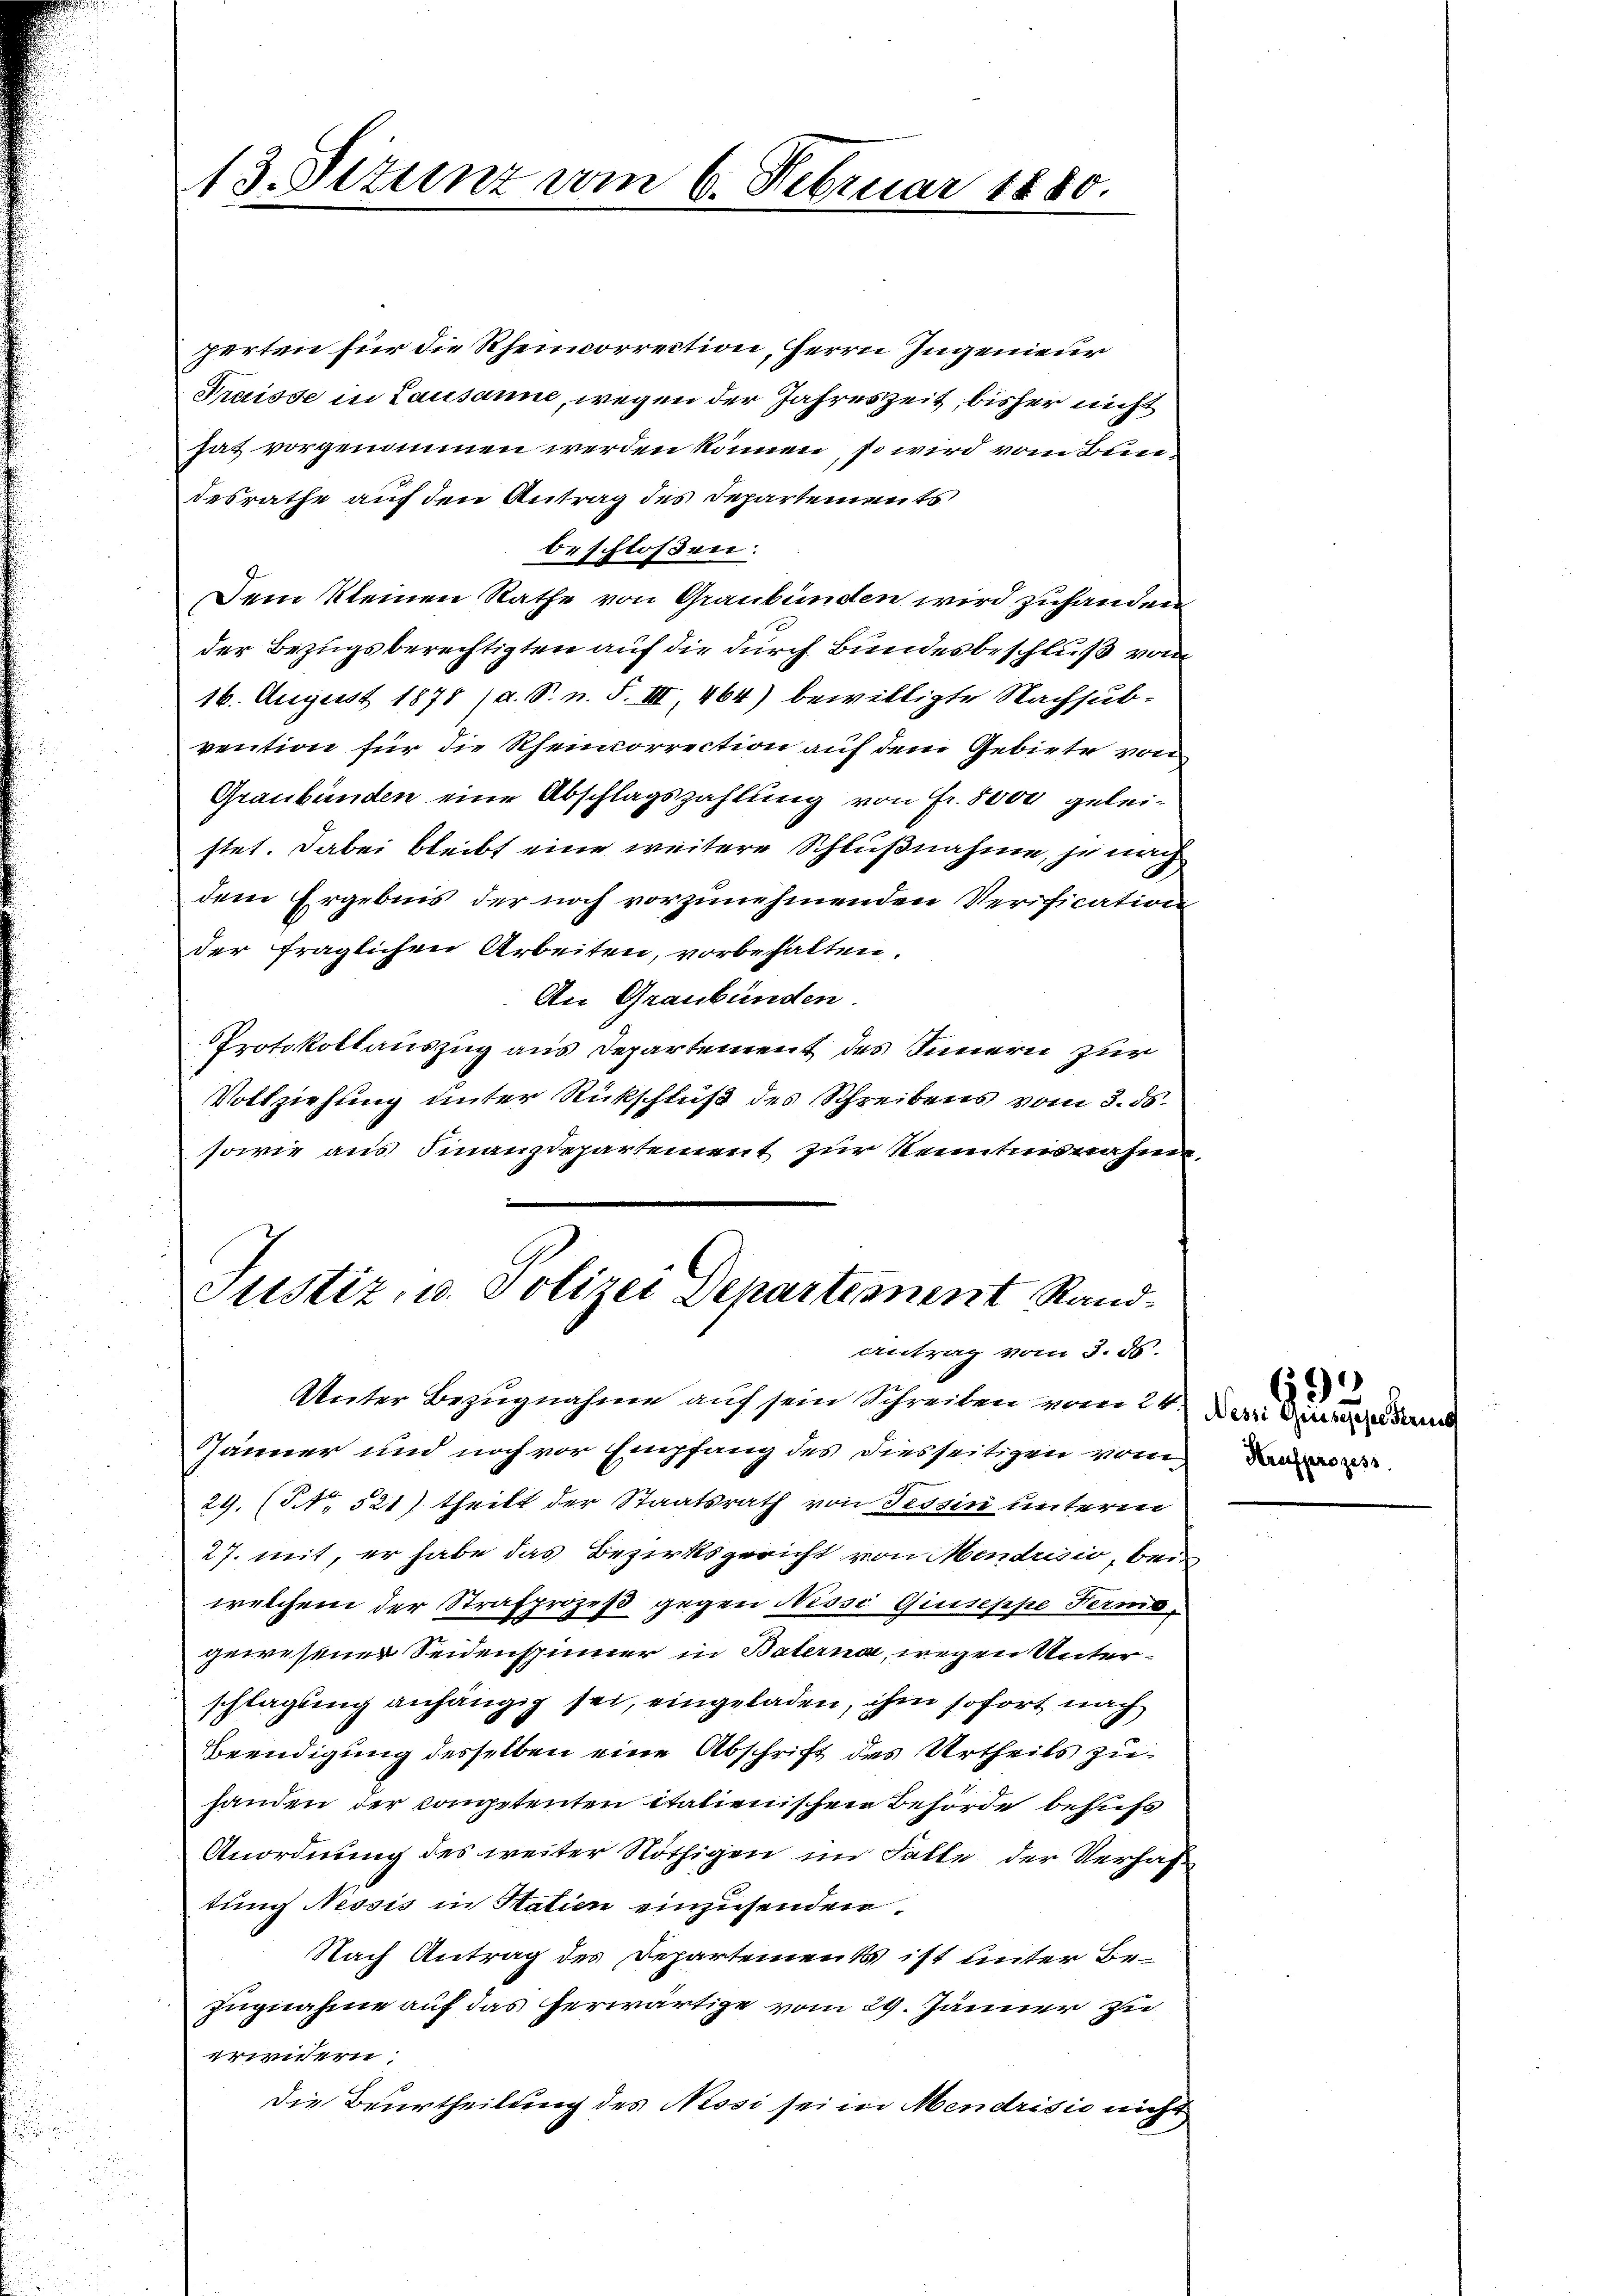
13. Sitzunz vom 6. Februar 1880.

perten für die Rheincorrection, Herrn Ingenieur
Praisse in Lausanne, wegen der Jahreszeit, bisher nicht
hat vorgenommen werden können, so wird vom Bundesrathe auf den Antrag des Departements
beschlossen:
Dem kleinen Rathe von Graubünden wird zuhanden
der Bezugsberechtigten auf die durch Bundesbeschluß vom
16. August 1878 (d. S. n. F. III, 464) bewilligte Nachsubvention für die Rheincorrection auf dem Gebiete von
Graubünden eine Abschlagszahlung von Fr. 5000 geleistet. Dabei bleibt eine weitere Schlußnahme, je nach
dem Ergebnis der noch vorzunehmenden Verification
der fraglichen Arbeiten, vorbehalten.
An Graubünden.
Protokollauszug aus Departement des Innern zur
Vollziehung unter Rückschluß des Schreibens vom 3. ds.
sowie aus Finanzdepartement zur Kenntnisnahme,
Justiz, u. Polizei Departement Rand¬
Antrag vom 3. ds.
Unter Bezugnahme auf sein Schreiben vom 24.
Jänner und noch vor Empfang des Diesseitigen vom
29 (S. 521) theilt der Staatsrath von Tessin unterm
27. mit, er habe das Bezirksgericht von Mendrisio, bei
welchem der Strafprozeß gegen Nessi Giuseppe Fermogewesener Seidenspinner in Baterna, wegen Unterschlagung anhängig sei, eingeladen, ihm sofort nach
Beendigung desselben eine Abschrift des Urtheils zuhanden der Competenten itationischen Behörde behufs
Anordnung des weiter Nöthigen im Falle der Verhaf
tung Nessis in Station einzusenden.
Nach Antrag des Departement ist unter Be¬
Zugnahme auf das herwärtige vom 29. Jänner zu
erwidern:
Die Beurtheilung des Nessi sei in Mendrisis nicht

693
Nessi Geisegehre Strich
Strafprozess